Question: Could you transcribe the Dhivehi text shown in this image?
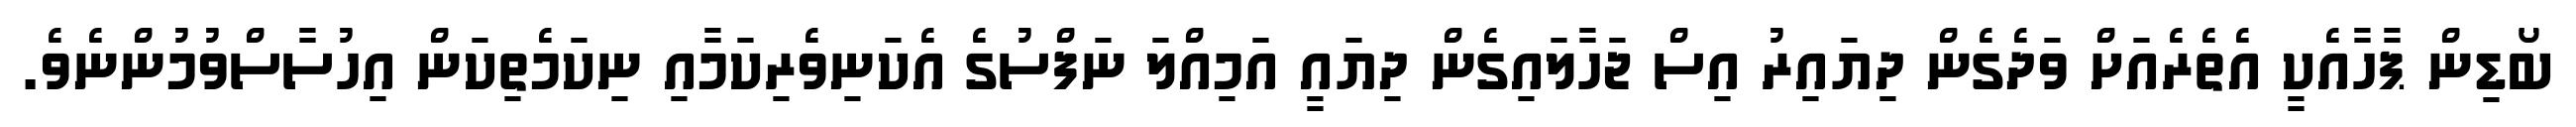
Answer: ބޯޑިން ޕާހާއެކީ އެތެރެއަށް ވަދެގެން ދިޔައިރު އިސް ޖަހާލައިގެން ދިޔައީ އަމިއްލަ ނަފްސުގެ އެކަނިވެރިކަމާއި ނިކަމެތިކަން އިހުސާސްވުމުންނެވެ.